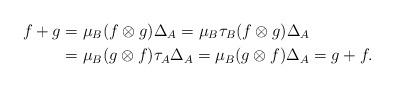
LaTeX: \begin{align*} f+g &= \mu_B (f \otimes g) \Delta_A = \mu_B \tau_B (f \otimes g) \Delta_A \\ &= \mu_B (g \otimes f) \tau_A \Delta_A = \mu_B (g \otimes f) \Delta_A = g+f.\end{align*}